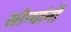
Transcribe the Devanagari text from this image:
सोन्यांनी